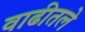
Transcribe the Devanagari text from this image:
वाढीतले